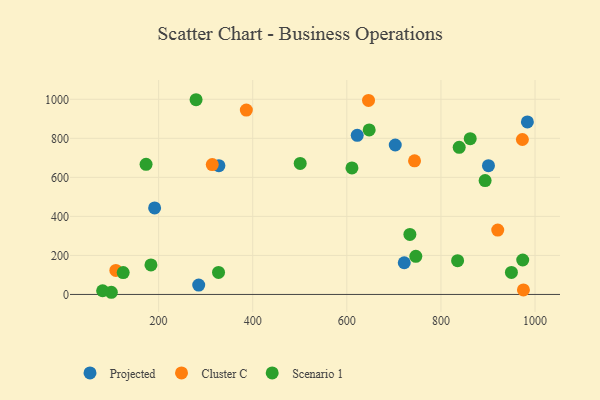
{"axis": {"x": "Price", "y": "Exam Score"}, "legend": ["Cluster C", "Projected", "Scenario 1"], "data": [{"x": "191.5", "y": 443.3, "type": "Projected"}, {"x": "285.2", "y": 48.2, "type": "Projected"}, {"x": "328.1", "y": 659.9, "type": "Projected"}, {"x": "722.0", "y": 162.4, "type": "Projected"}, {"x": "702.9", "y": 765.9, "type": "Projected"}, {"x": "901.0", "y": 660.1, "type": "Projected"}, {"x": "983.7", "y": 884.2, "type": "Projected"}, {"x": "622.1", "y": 815.3, "type": "Projected"}, {"x": "386.4", "y": 944.6, "type": "Cluster C"}, {"x": "109.1", "y": 123.2, "type": "Cluster C"}, {"x": "646.1", "y": 994.4, "type": "Cluster C"}, {"x": "314.0", "y": 665.6, "type": "Cluster C"}, {"x": "973.1", "y": 793.9, "type": "Cluster C"}, {"x": "975.3", "y": 23.3, "type": "Cluster C"}, {"x": "743.9", "y": 684.9, "type": "Cluster C"}, {"x": "920.7", "y": 329.6, "type": "Cluster C"}, {"x": "647.5", "y": 843.0, "type": "Scenario 1"}, {"x": "99.5", "y": 11.1, "type": "Scenario 1"}, {"x": "327.3", "y": 112.7, "type": "Scenario 1"}, {"x": "973.8", "y": 176.6, "type": "Scenario 1"}, {"x": "862.2", "y": 798.4, "type": "Scenario 1"}, {"x": "734.0", "y": 307.6, "type": "Scenario 1"}, {"x": "81.0", "y": 18.8, "type": "Scenario 1"}, {"x": "183.7", "y": 151.3, "type": "Scenario 1"}, {"x": "124.7", "y": 112.1, "type": "Scenario 1"}, {"x": "746.6", "y": 195.4, "type": "Scenario 1"}, {"x": "835.4", "y": 172.9, "type": "Scenario 1"}, {"x": "893.9", "y": 583.3, "type": "Scenario 1"}, {"x": "838.8", "y": 753.9, "type": "Scenario 1"}, {"x": "610.9", "y": 648.5, "type": "Scenario 1"}, {"x": "173.3", "y": 667.0, "type": "Scenario 1"}, {"x": "500.9", "y": 671.3, "type": "Scenario 1"}, {"x": "949.8", "y": 113.0, "type": "Scenario 1"}, {"x": "279.6", "y": 997.8, "type": "Scenario 1"}]}